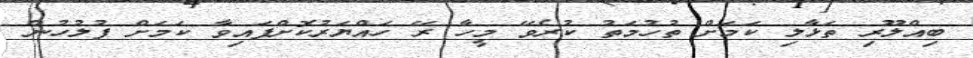
ބިއްލޫރި ތަޅާލި ކަމަށް ތުހުމަތު ކުރެވޭ މީހާ ރޭ ހައްޔަރުކޮށްފައިވާ ކަމަށް ފުލުހުން